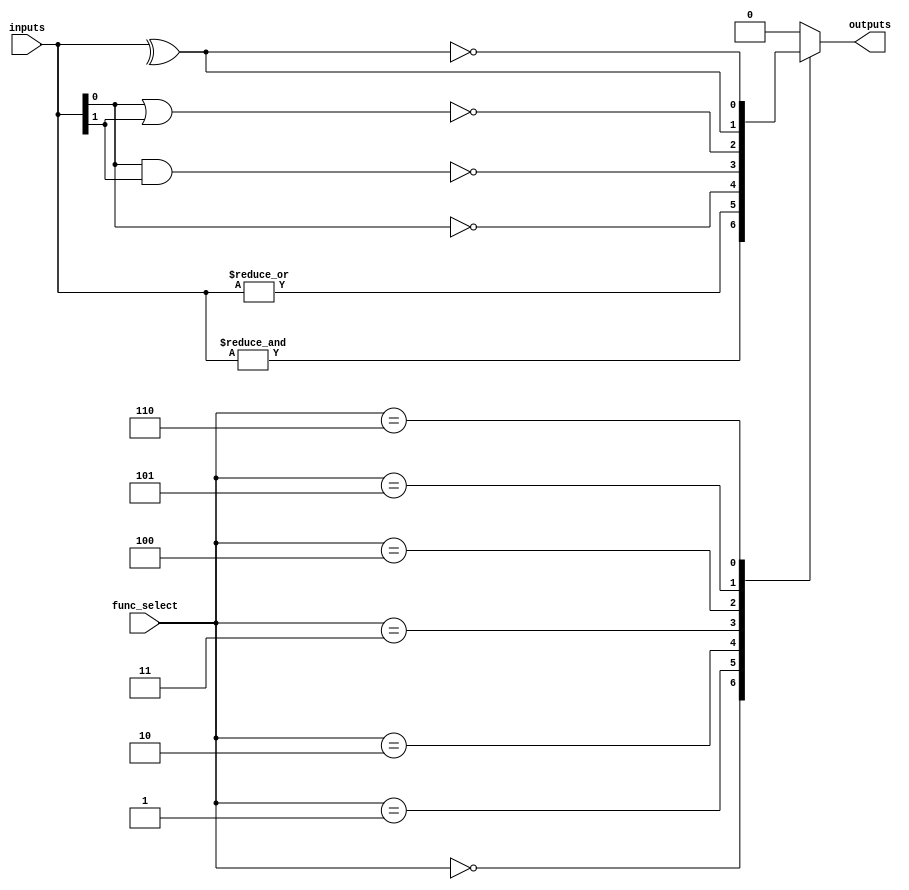
module combinational_logic_block #(
    parameter N = 4, // Number of input lines
    parameter M = 1   // Number of output lines
)(
    input  wire [N-1:0]  inputs,      // Input lines
    input  wire [2:0]    func_select,  // Function select signals
    output reg  [M-1:0]  outputs       // Output lines
);

// Function select encoding
localparam AND_FUNC  = 3'b000;
localparam OR_FUNC   = 3'b001;
localparam NOT_FUNC  = 3'b010;
localparam NAND_FUNC = 3'b011;
localparam NOR_FUNC  = 3'b100;
localparam XOR_FUNC  = 3'b101;
localparam XNOR_FUNC = 3'b110;

always @(*) begin
    case (func_select)
        AND_FUNC:  outputs = &inputs;                     // AND
        OR_FUNC:   outputs = |inputs;                     // OR
        NOT_FUNC:  outputs = ~inputs[0];                  // NOT (only first input)
        NAND_FUNC: outputs = ~(inputs[0] & inputs[1]);   // NAND (for 2 inputs)
        NOR_FUNC:  outputs = ~(inputs[0] | inputs[1]);   // NOR (for 2 inputs)
        XOR_FUNC:  outputs = ^inputs;                      // XOR
        XNOR_FUNC: outputs = ~(^inputs);                   // XNOR
        default:   outputs = {M{1'b0}};                    // Default case
    endcase
end

endmodule